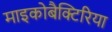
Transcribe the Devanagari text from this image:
माइकोबैक्टिरिया